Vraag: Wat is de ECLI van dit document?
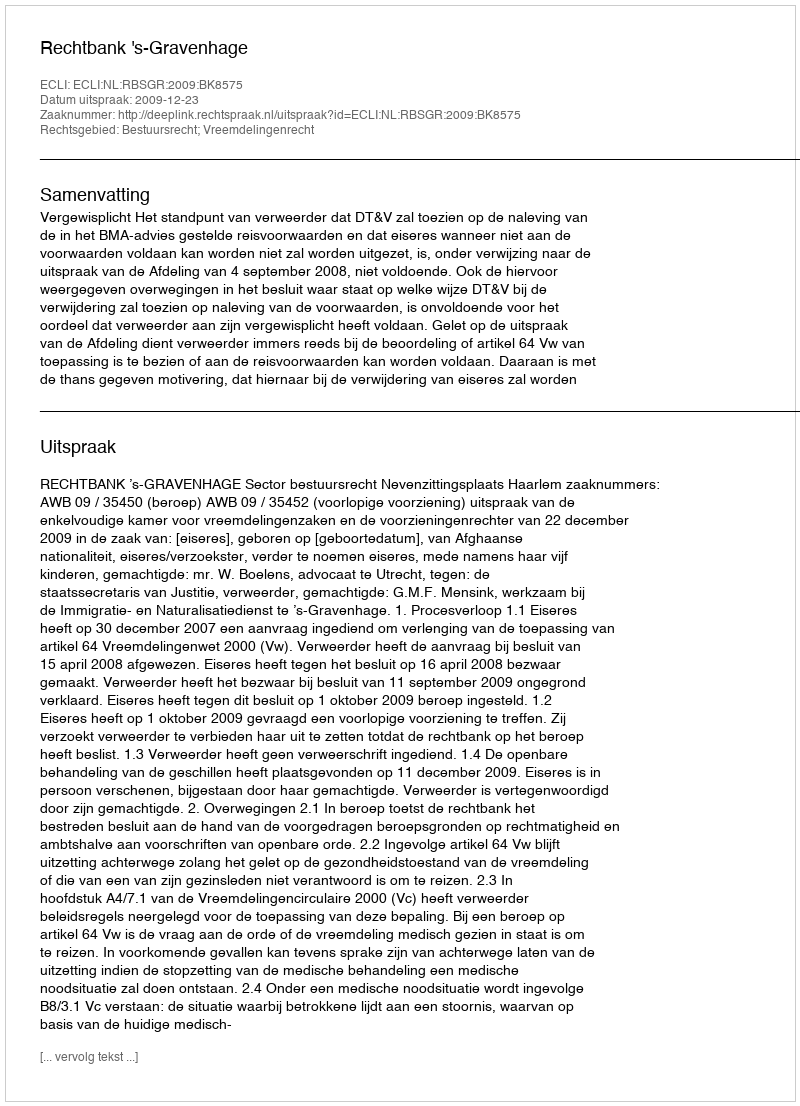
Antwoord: ECLI:NL:RBSGR:2009:BK8575